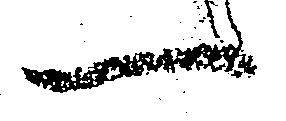
一